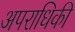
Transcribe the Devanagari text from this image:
अपराधिकी